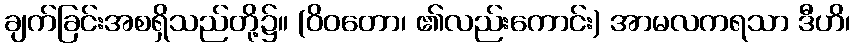
ချက်ခြင်းအစရှိသည်တို့၌။ (ဝိဝတော၊ ၏လည်းကောင်း) အာမလကရသာ ဒီဟိ၊